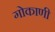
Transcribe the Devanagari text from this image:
गोकाणी